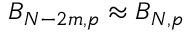
B _ { N - 2 m , p } \approx B _ { N , p }